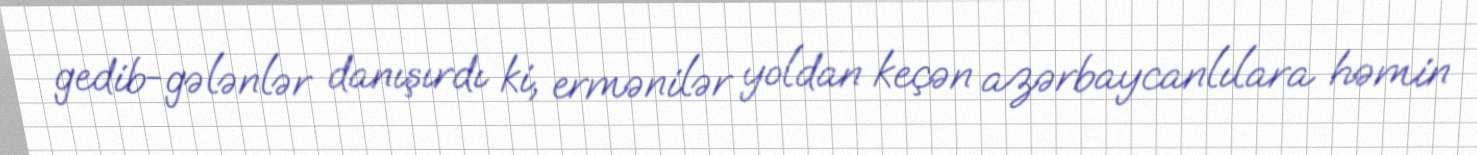
gedib-gələnlər danışırdı ki, ermənilər yoldan keçən azərbaycanlılara həmin